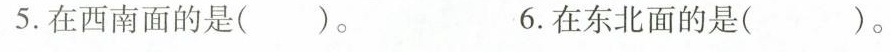
5. 在西南面的是（ ）。 6.在东北面的是（ ）。